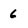
Character: 6